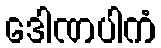
ဒေါဏပါကံ